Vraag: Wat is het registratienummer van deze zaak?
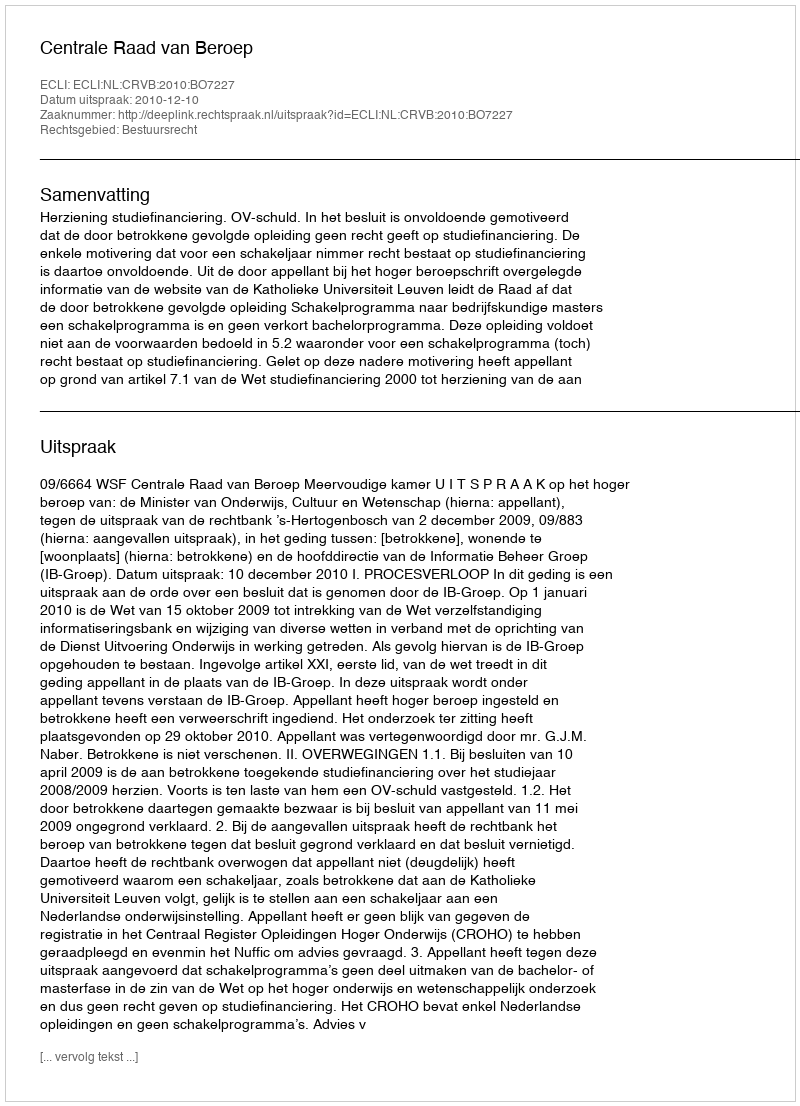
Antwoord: http://deeplink.rechtspraak.nl/uitspraak?id=ECLI:NL:CRVB:2010:BO7227